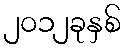
၂၀၁၂ခုနှစ်